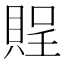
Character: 𧶔